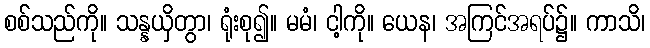
စစ်သည်ကို။ သန္နယှိတွာ၊ ရုံးစု၍။ မမံ၊ ငါ့ကို။ ယေန၊ အကြင်အရပ်၌။ ကာသိ၊